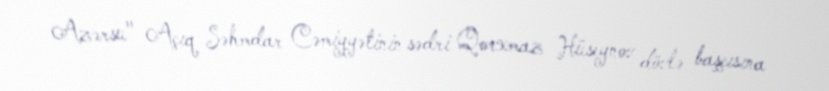
Azərsu" Açıq Səhmdar Cəmiyyətinin sədri Qorxmaz Hüseynov dövlə başçısına